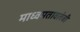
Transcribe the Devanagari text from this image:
माध्वमतावलंबी